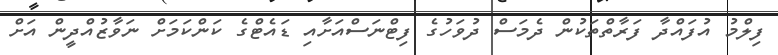
ފިލްމު އުފައްދާ ފަރާތްތަކުން ދެމަސް ދުވަހުގެ ފިޓްނަސްއަށާއި ޑައެޓްގެ ކަންކަމަށް ނަވާޒުއްދީން އަށް